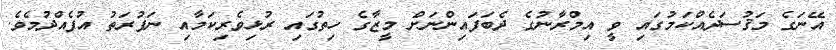
އޭނަގެ މަޤުސަދެއްކަމުގައި ވީ އިމްރާނުގެ ދެބަފައިންނަށް މީޒާގެ ހިތުގައި ރުޅިވެރިކަމާއި ނަފުރަތު އުފެއްދުމެވެ.